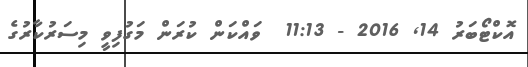
އޮކްޓޯބަރު 14